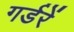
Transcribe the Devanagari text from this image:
गर्डरें